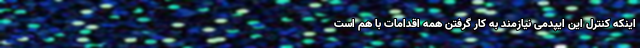
اینکه کنترل این ایپدمی نیازمند به کار گرفتن همه اقدامات با هم است